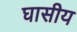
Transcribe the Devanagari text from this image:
घासीय